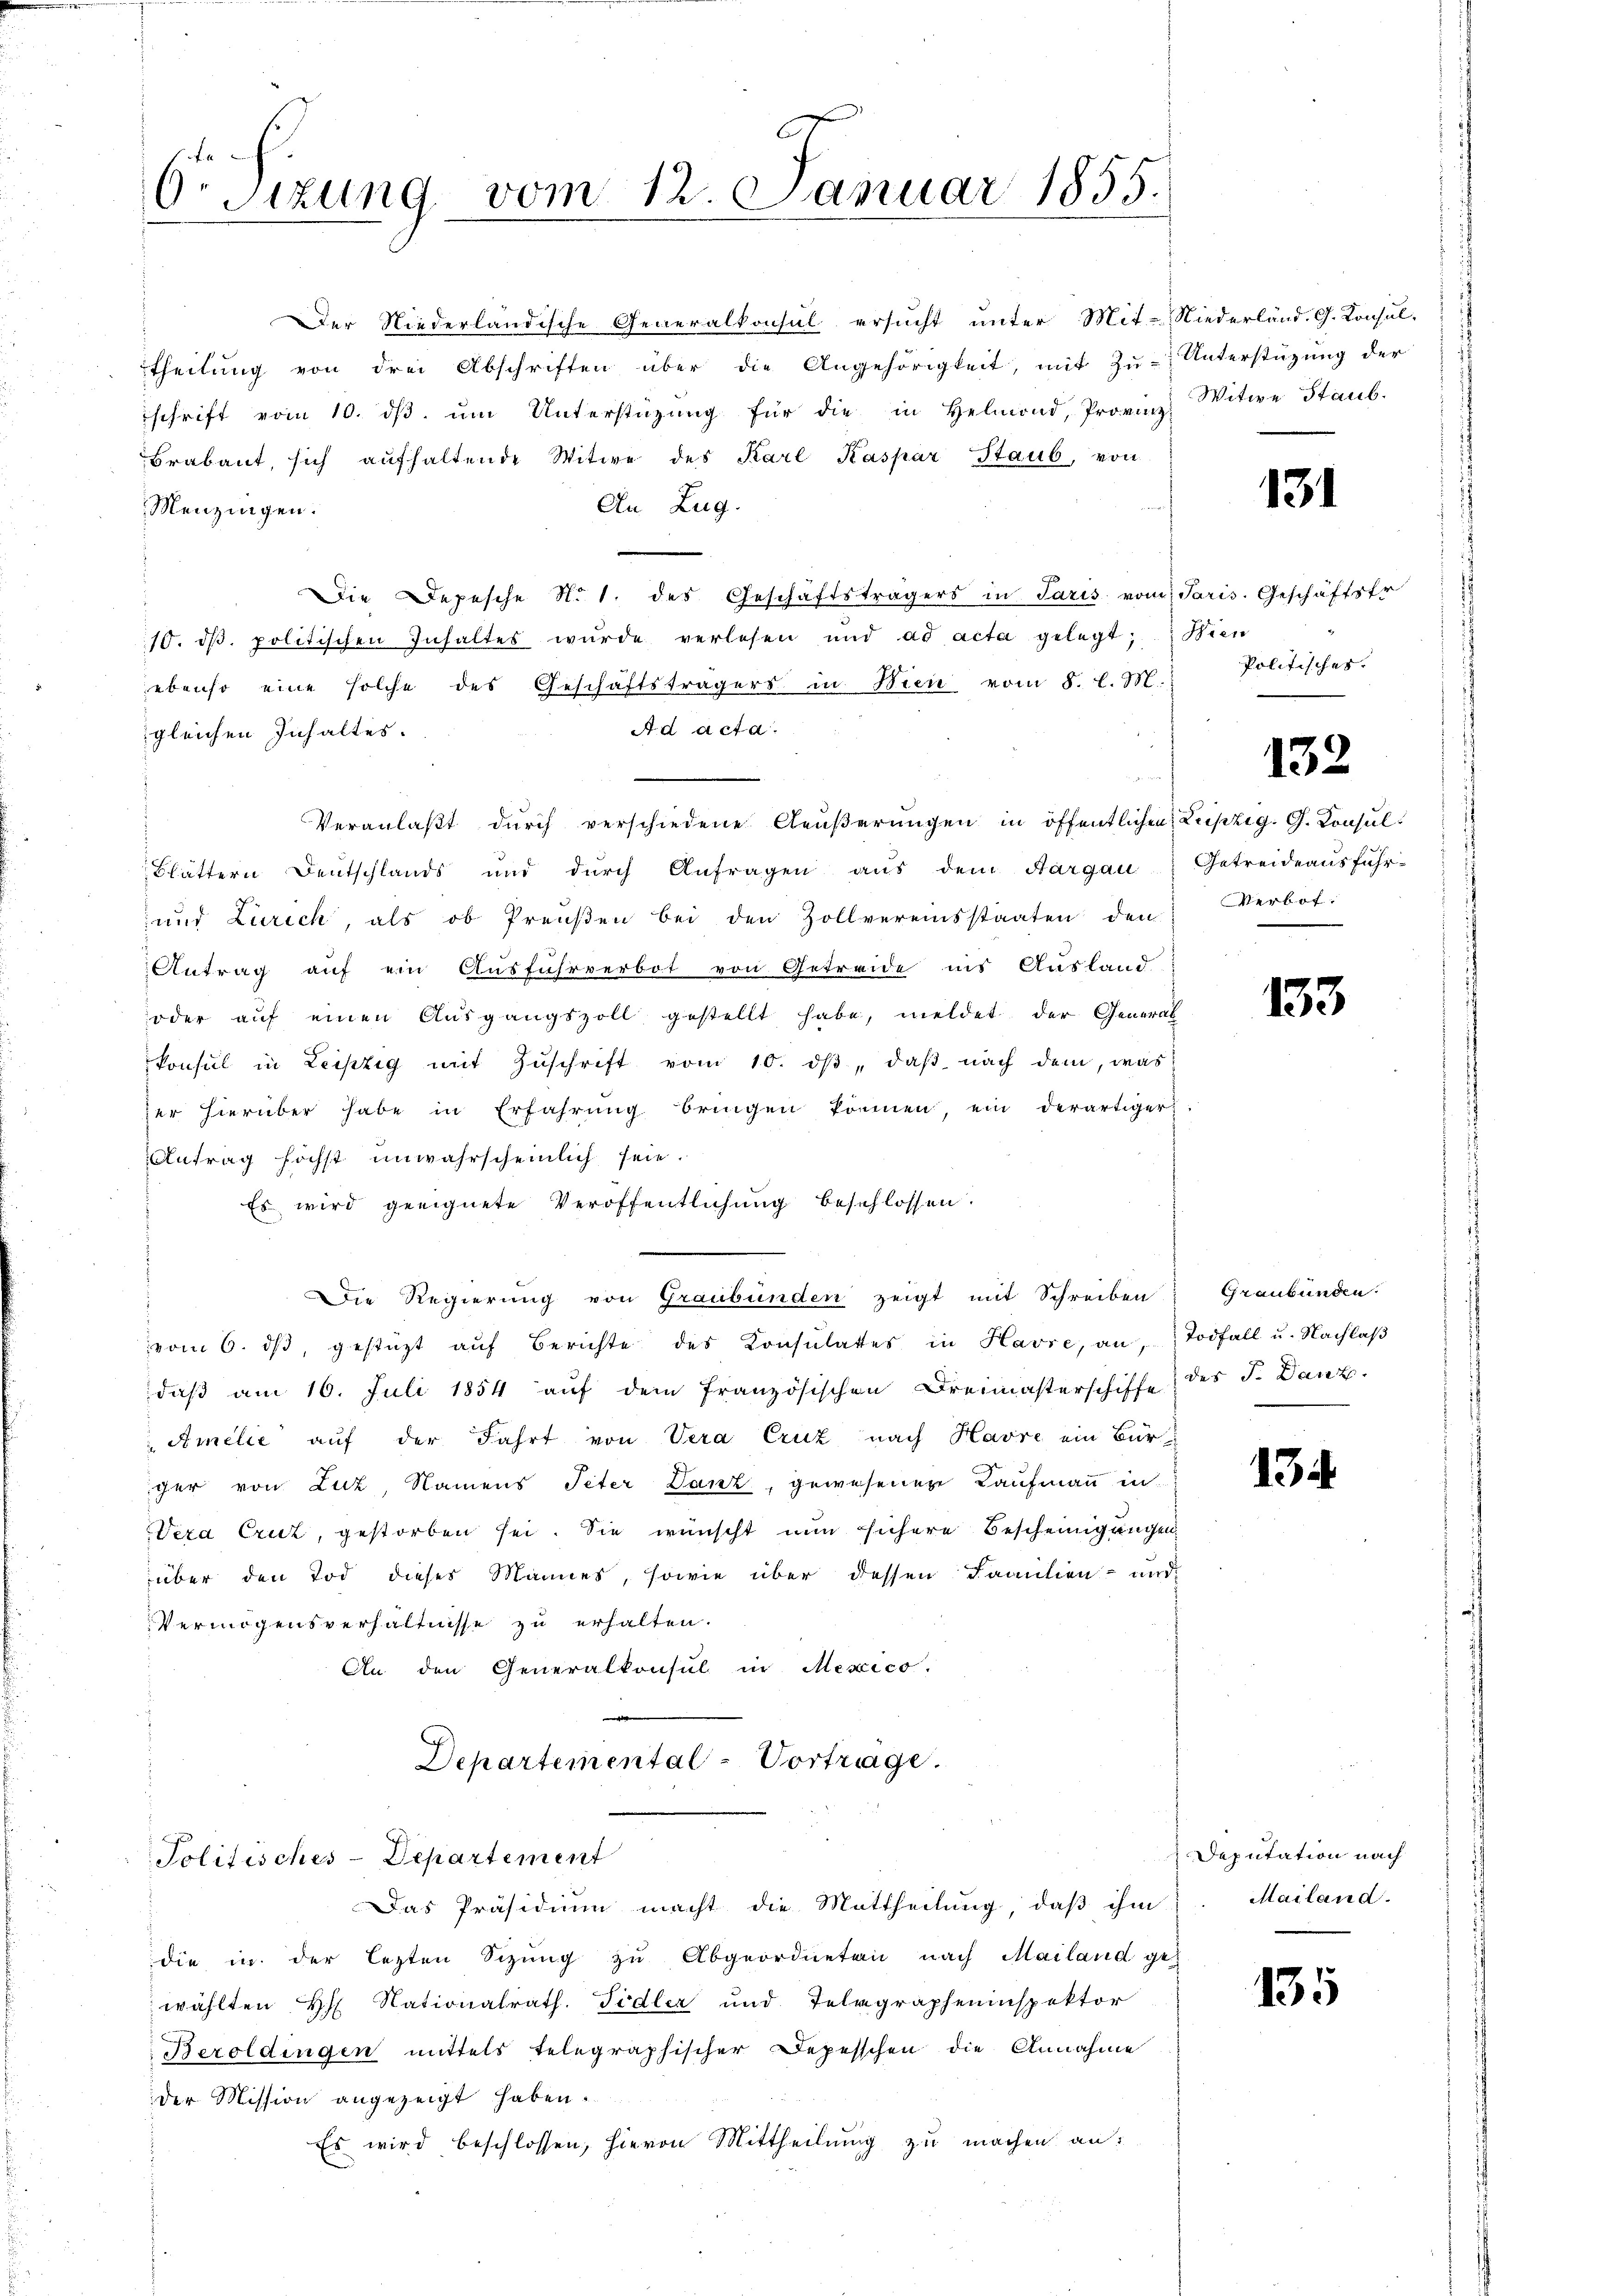
Or Sitzung

Der Niederländische Generalkonsul ersucht unter Mit-Niederländ. G. Konsul-
theilung von drei Abschriften über die Angehörigkeit, mit Zu-Unterstüzung der
schrift vom 10. dβ ŭm Unterstützung für die in Helmond, Provinz
Brabant, sich aufhaltende Witwe des Karl Kaspar Staub, von
An Zug.
Menzingen.
Die Depesche N. 1. des Geschäftsträgers in Paris vom Paris. Geschäftsfr
10. dβ. politischen Inhaltes wurde verlesen und ad acta gelegt; Hien
ebenso eine solche des Geschäftsträgers in Wien vom 8. l. M.
Ad acta.
gleichen Inhaltes.
Veranlaßt durch verschiedene Aeußerungen in öffentlichen Leipzig. G. Consul¬
Blättern Deutschlands und durch Anfragen aus dem Aargau
und Zürich, als ob Preußen bei den Zollvereinsstaaten den
Antrag auf ein Ausfuhrverbot von Getreide ins Ausland
oder aŭf einen Aŭsgangszoll gestellt habe, meldet der General
konsul in Leipzig mit Zŭschrift vom 10. dβ, daβ nach dem, was
zer hierüber habe in Erfahrŭng bringen können, ein derartiger
Antrag höchst unwahrscheinlich sein.
Es wird geeignete Veröffentlichung beschlossen.
Die Regierung von Graubünden zeigt mit Schreiben Graubünden.
vom 6. dβ, gestüzt aŭf Berichte des Konsulates in Havre, an, Todfall u. Nachlaβ
daβ am 16. Juli 1854 aŭf dem französischen Dreimasterschiffe des F. Danz.
Amelić auf der Fahrt von Vera Cruz nach Havre ein Bürcher von Luz, Namens Peter Danz, gewesenen Kaufmann in
Veza Cruz, gestorben sei. Sie wünscht nun sichere Bescheinigungen
über den Tod dieses Mannes, sowie über dessen Paantien- und
Vermögensverhältnisse zu erhalten.
An den Generalkonsul in Mexico.
Departemental-Vortrage.

Politisches-Departement

vom 12. Januar 1855.

Das Präsidiŭm macht die Mittheilung, daβ ihm. Mailand-

die in der lezten Sizung zu Abgeordneten nach Mailand ge-
wählten H Nationalrath. Fidler und Telegrapheninspektor
Beroldingen mittels telegraphischer Depesschen die Annahme
der Mission angezeigt haben.
Es wird beschlossen, hievon Mittheilung zu machen an:

Witwe Staub.

131

Politisches.

132

Getreideausführ¬
Verbot.
e

133

134

Deputation nach

135